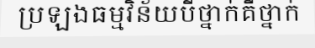
ប្រឡងធម្មវិន័យបីថ្នាក់គឺថ្នាក់